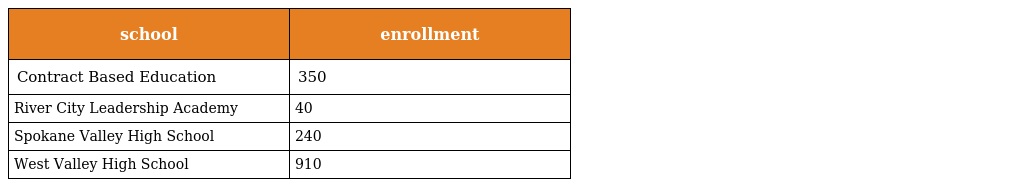
| school | enrollment |
 | --- | --- |
 | Contract Based Education | 350 |
 | River City Leadership Academy | 40 |
 | Spokane Valley High School | 240 |
 | West Valley High School | 910 |